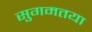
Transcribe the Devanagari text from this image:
सुगमतया